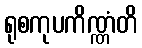
ရုစကုပကိဏ္ဏံတိ